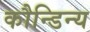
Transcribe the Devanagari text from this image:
कौन्डिन्य